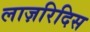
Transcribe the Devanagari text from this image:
लाज़रिदिस